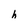
Character: h